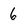
Character: 6